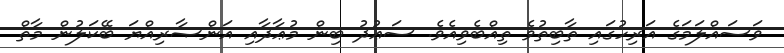
ވަސައްލަމަގެ އަރިހުގައި ޘާބިތުވެ ތިއްބެވިއެވެ. ސަޢުދު ބިން މުޢާޛާއި އަންޞާރިއްޔަ ބޭކަލުން މާތް